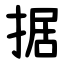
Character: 据